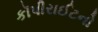
કૉપીરાઈટનો